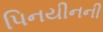
પિનયીનની